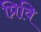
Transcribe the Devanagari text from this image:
प्रिवि